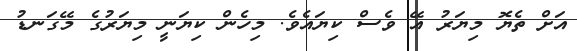
އަށް ތެޔޮ މިޔަރު އޭ ވެސް ކިޔައެވެ. މިހެން ކިޔަނީ މިޔަރުގެ މޭގަނޑު